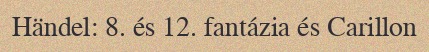
Händel: 8. és 12. fantázia és Carillon